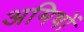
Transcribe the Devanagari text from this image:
अमिषों